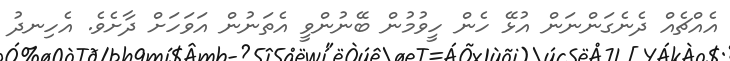
އެއްޗެއް ދެނެގަންނަން އުޅޭ ހެން ހީވުމުން ބޭނުންވީ އެތަނުން އަވަހަށް ދާށެވެ. އެހިނދު